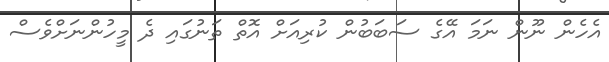
އެހެން ނޫން ނަމަ އޭގެ ސަބަބުން ކުރިއަށް އޮތް ތަނުގައި ދެ މީހުންނަށްވެސް